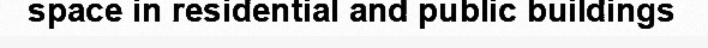
space in residential and public buildings